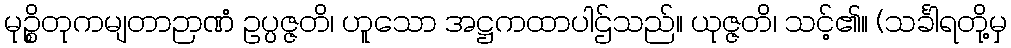
မုဉ္စိတုကမျတာဉာဏံ ဥပ္ပဇ္ဇတိ၊ ဟူသော အဋ္ဌကထာပါဌ်သည်။ ယုဇ္ဇတိ၊ သင့်၏။ (သင်္ခါရတို့မှ